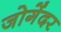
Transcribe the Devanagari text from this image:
जोगेंदर